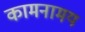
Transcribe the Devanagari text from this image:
कामनामय